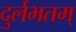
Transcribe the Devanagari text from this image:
दुर्लभतम्